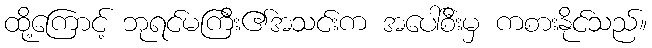
ထို့ကြောင့် ဘုရင်မကြီး၏အသင်းက အပေါ်စီးမှ ကစားနိုင်သည်။